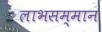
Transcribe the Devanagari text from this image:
लाभसम्मान